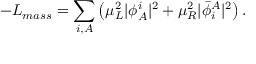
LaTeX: - { \cal L } _ { m a s s } = \sum _ { i , A } \left( \mu _ { L } ^ { 2 } \vert \phi _ { A } ^ { i } \vert ^ { 2 } + \mu _ { R } ^ { 2 } \vert { \bar { \phi } } _ { i } ^ { A } \vert ^ { 2 } \right) .